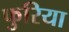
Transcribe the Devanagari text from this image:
फुरिया